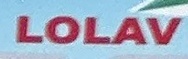
LOLAV